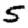
Digit: 5